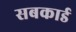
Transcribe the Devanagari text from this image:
सबकार्ड